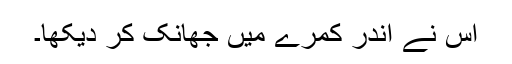
اس نے اندر کمرے میں جھانک کر دیکھا۔